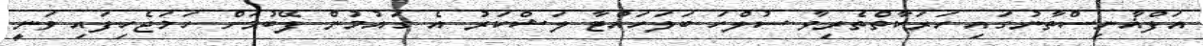
އަފްޣާނިސްތާނުގައި ހަރަކާތްތެރިވާ ސުލްހަ ބަލަހައްޓާ ލަޝްކަރު އެ ގައުމުން ފޭބުމަށް ހަމަޖެހިފައި ވަނީ